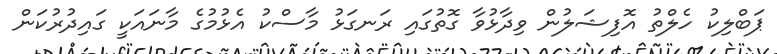
ޕަބްލިކު ހެލްތު އޮފިޝަލުން ވިދާޅުވާ ގޮތުގައި ރަނގަޅު މާސްކު އެޅުމުގެ މާނައަކީ ގައިދުރުކަން